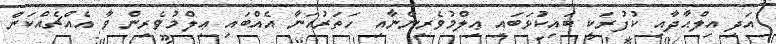
އަދި އިލްޙާދާއި ކުފުރަކީ ބައިކުޅަބައި ޢިލްމުވެރިންނާއި ހަތަރުއަނާ އެއްބައި ޢިލްމުވެރިން ވާ އެއްޗެއްކަން